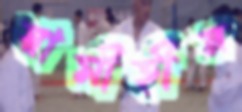
স্বামীহীন